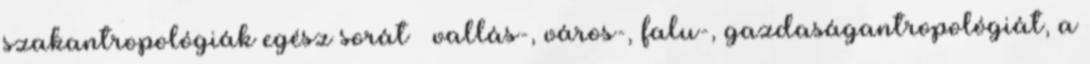
szakantropológiák egész sorát – vallás-, város-, falu-, gazdaságantropológiát, a